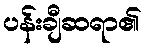
ပန်းချီဆရာ၏